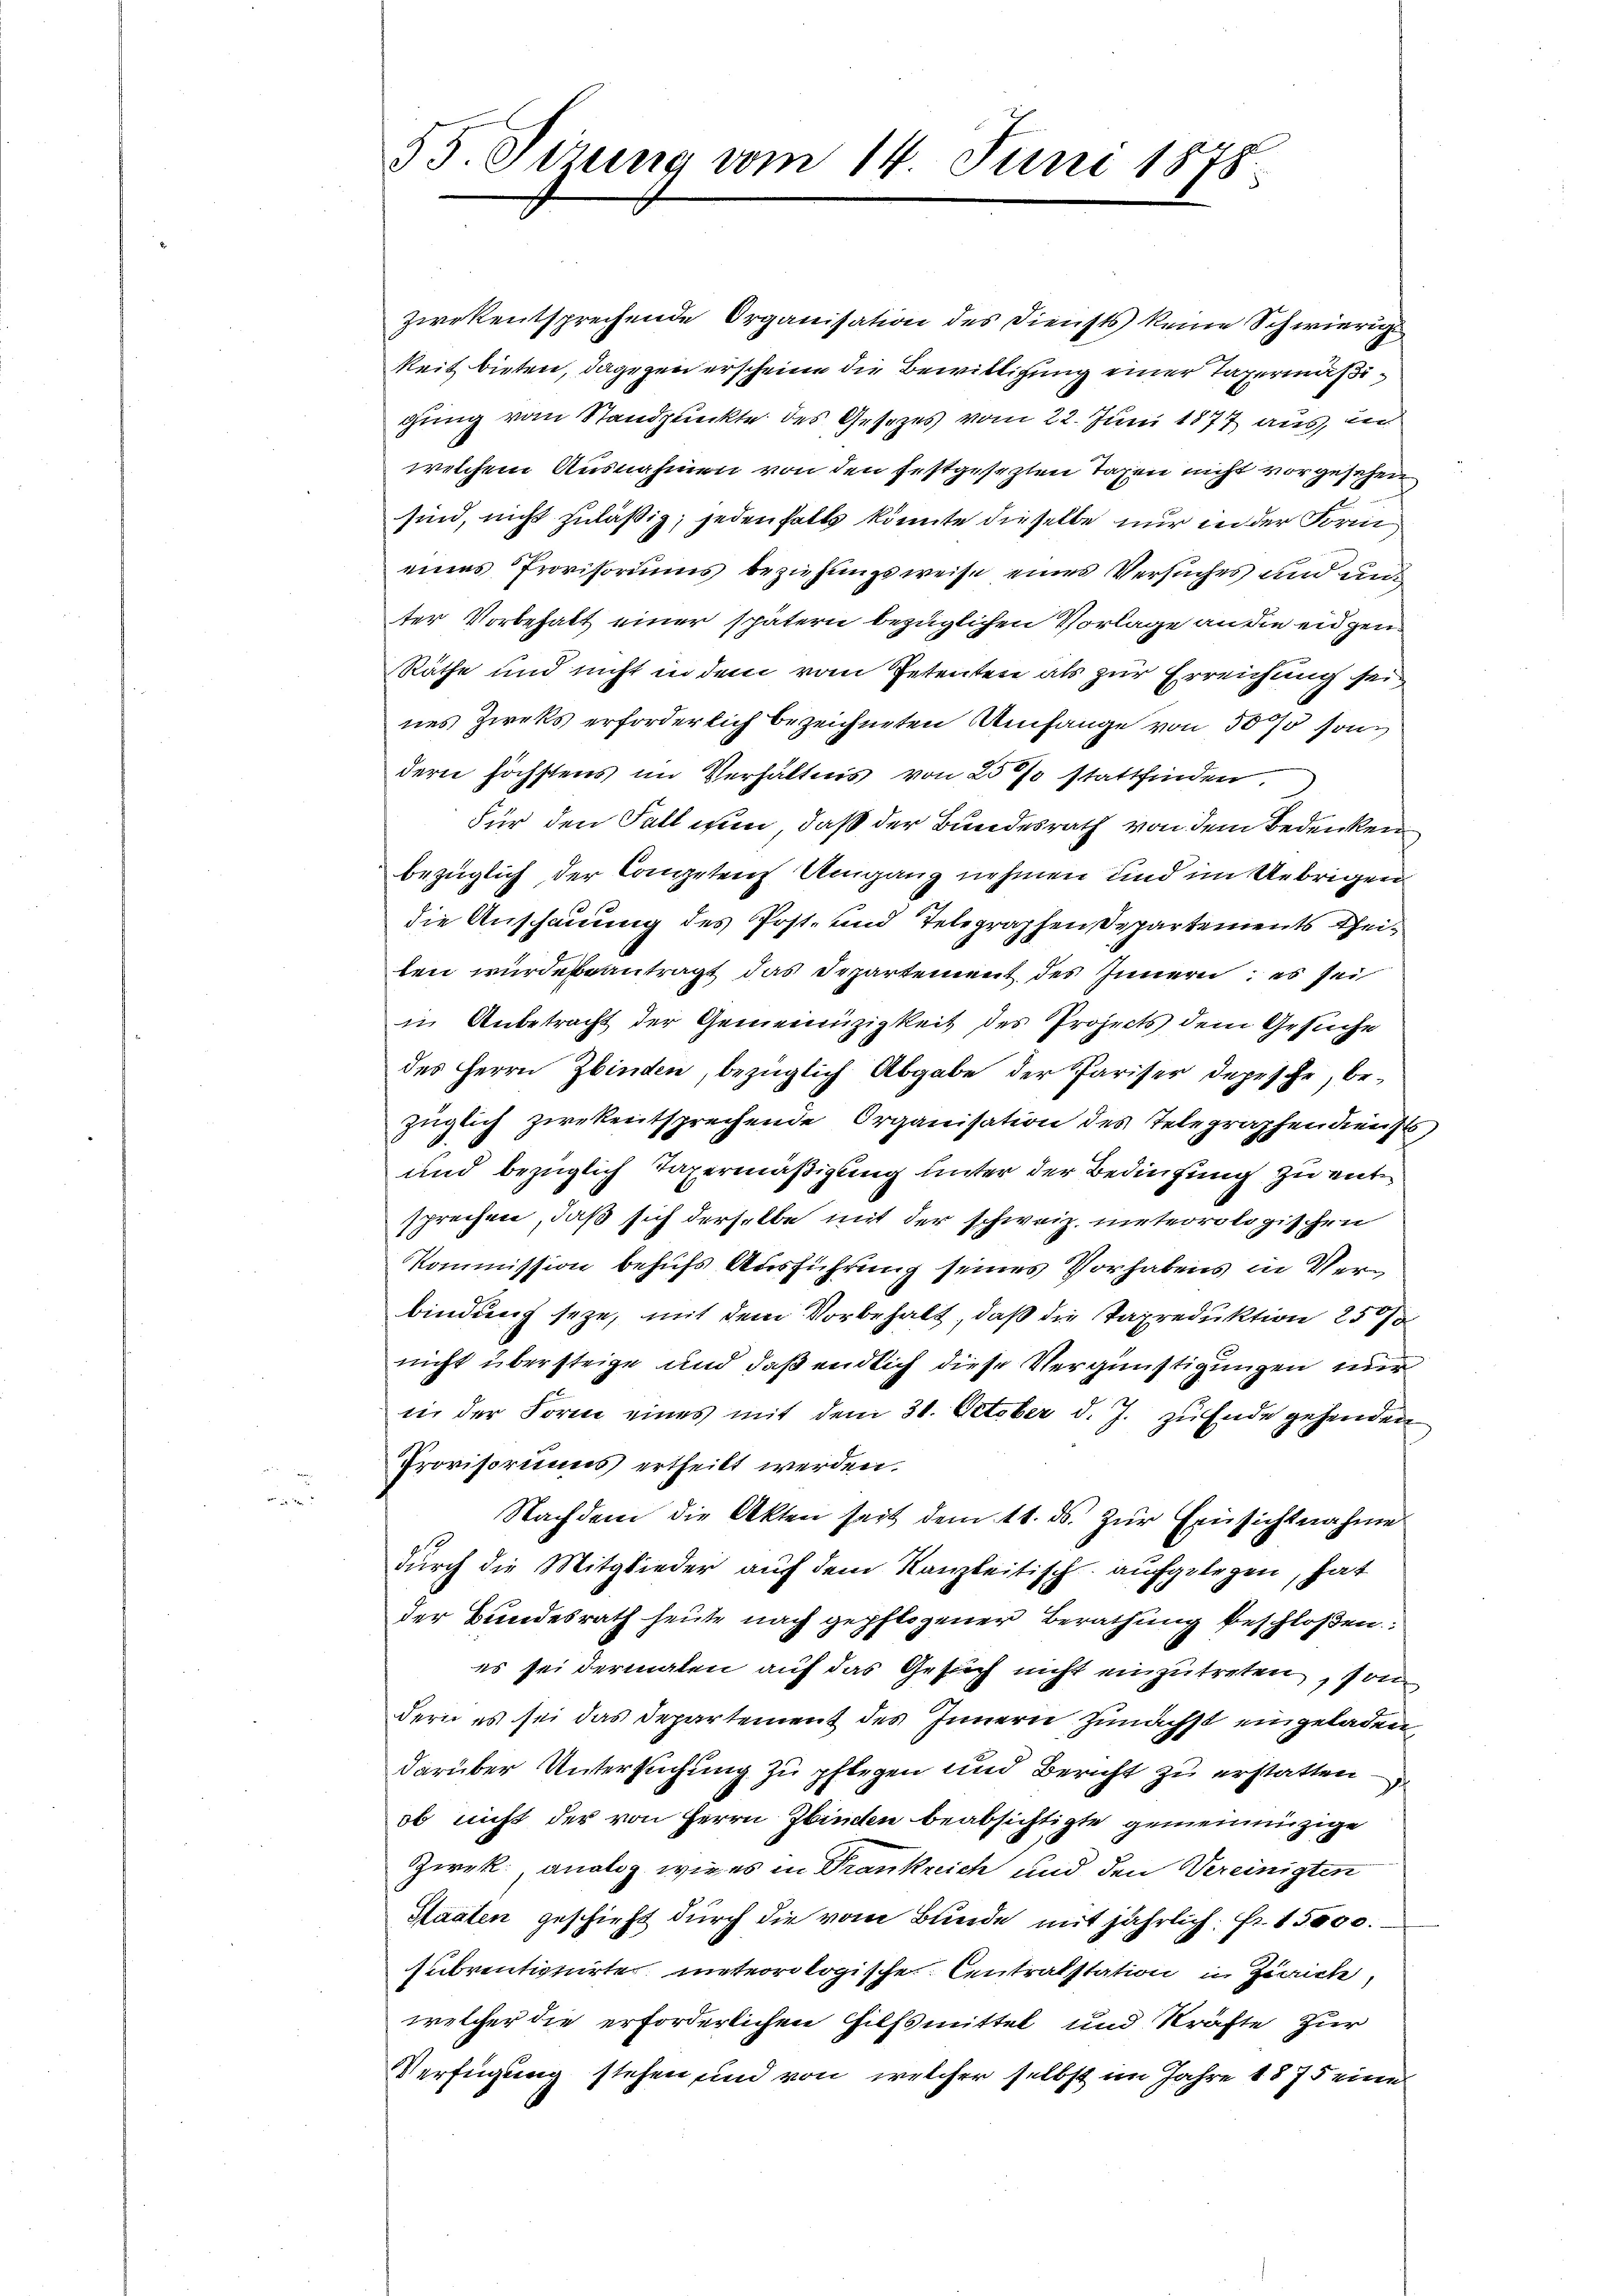
55. Sizung vom 14. Juni 1878.

zwekentsprechende Organisation des Diensts keine Schwierige
Reit bieten, dagegen erscheine die Bewilligung einer Taxermäßigung vom Standpunkte des Gesezes vom 22. Juni 1877 aus, in
welchem Ausnahmen von den festgesezten Taxen nicht vorgesehen
sind, nicht zuläßig; jedenfalls könnte dieselbe nur in der Form
eines Provisoriums beziehungsweise eines Versuches und un
ter Vorbehalt einer spätern bezüglichen Vorlage an die eidgen
Räthe und nicht in dem vom Petenten als zur Erreichung sei
nes Zieks erforderlich bezeichneten Umfange von 50 75 sonn
dern höchstens im Verhältnis von 25 % stattfinden
Für den Fall nun, daß der Bundesrath von dem Bedenken
bezüglich der Competen Umgang nehmen und im Uebrigen
die Anschauung des Post- und Telegraphen Departements theiten wurde beantragt das Departement des Innern, es sei
in Anbetracht der Gemeinüzigkeit des Projects dem Gesuche
des Herrn Zbinden, bezüglich Abgabe der Pariser depesche, bezüglich zwekentsprechende Organisation des Telegraphendienst
und bezüglich Tapermäßigung unter der Bedingung zu entsprechen, daß sich derselbe mit der schweiz. meteorologischen
Kommission behufs Ausführung seines Vorhabens in Verbindung seye, mit dem Vorbehalt, daß die Taxreduktion 250
nicht übersteige und daß endlich diese Vergünstigungen mer
in der Form eines mit dem 30. October d. J. zu Ende gehenden
Provisoriums ertheilt werden.
Nachdem die Akten seit dem 11. ds. zur Einsichtnahme
durch die Mitglieder auf dem Kanzleitisch-aufgelegen, hat
der Bundesrath heute nach gepflogener Berathung beschloßen:
es sei dermalen auf das Gesuch nicht einzutreten, son
dern es sei das Departement des Innern zunächst eingeladen,
darüber Untersuchung zu pflegen und Bericht zu erstatten
ob nicht der von Herrn Ebinden beabsichtigte gemeinenzige
Zwrek analog, wie es in Drankreich und den Vereinigten
Staaten geschieht durch die vom Bunde mit jährlich: Fr. 15000.
subventionirte meteorologische Centralstation in Zivirte
welcher die erforderlichen Hilfsmittel und Kräfte zur
Verfügung stehen und von welcher selbst im Jahre 1875 eine

.